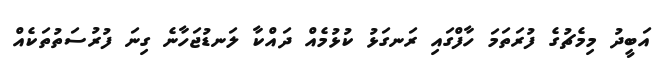
އަބީދު މިމެޗުގެ ފުރަތަމަ ހާފްގައި ރަނގަޅު ކުޅުމެއް ދައްކާ ލަނޑުޖަހާނެ ގިނަ ފުރުސަތުތަކެއް